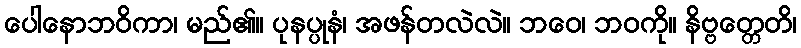
ပေါနောဘဝိကာ၊ မည်၏။ ပုနပ္ပုနံ၊ အဖန်တလဲလဲ။ ဘဝေ၊ ဘဝကို။ နိဗ္ဗတ္တေတိ၊